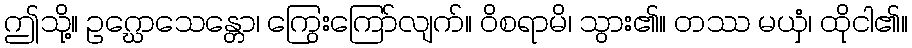
ဤသို့။ ဥဂ္ဃောသေန္တော၊ ကြွေးကြော်လျက်။ ဝိစရာမိ၊ သွား၏။ တဿ မယှံ၊ ထိုငါ၏။